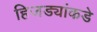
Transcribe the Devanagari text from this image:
हिजड्यांकडे